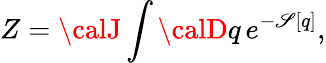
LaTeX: Z={\calJ}\int{\calD}q\, e^{-\mathscr{S}[q]},